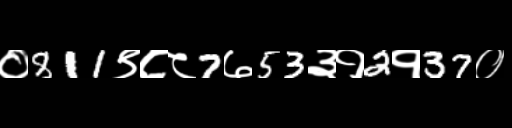
Text: ०811९८८7७53३१2१37०